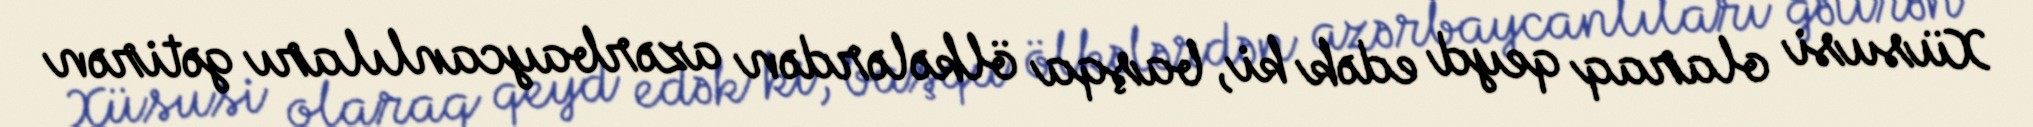
Xüsusi olaraq qeyd edək ki, başqa ölkələrdən azərbaycanlıları gətirən